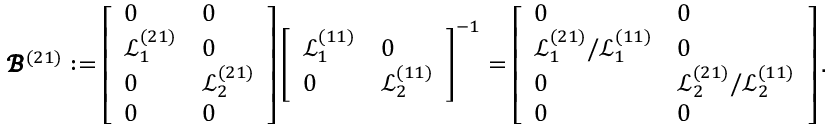
\pmb { \mathscr { B } } ^ { ( 2 1 ) } : = \left[ \begin{array} { l l } { 0 } & { 0 } \\ { \mathscr { L } _ { 1 } ^ { ( 2 1 ) } } & { 0 } \\ { 0 } & { \mathscr { L } _ { 2 } ^ { ( 2 1 ) } } \\ { 0 } & { 0 } \end{array} \right] \left[ \begin{array} { l l } { \mathscr { L } _ { 1 } ^ { ( 1 1 ) } } & { 0 } \\ { 0 } & { \mathscr { L } _ { 2 } ^ { ( 1 1 ) } } \end{array} \right] ^ { - 1 } = \left[ \begin{array} { l l } { 0 } & { 0 } \\ { \mathscr { L } _ { 1 } ^ { ( 2 1 ) } / \mathscr { L } _ { 1 } ^ { ( 1 1 ) } } & { 0 } \\ { 0 } & { \mathscr { L } _ { 2 } ^ { ( 2 1 ) } / \mathscr { L } _ { 2 } ^ { ( 1 1 ) } } \\ { 0 } & { 0 } \end{array} \right] .